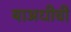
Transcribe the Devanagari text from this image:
याअधीची